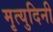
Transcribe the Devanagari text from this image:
मृत्युदिनी